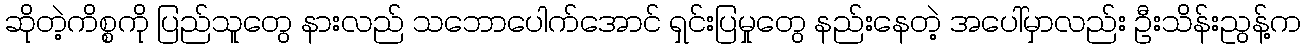
ဆိုတဲ့ကိစ္စကို ပြည်သူတွေ နားလည် သဘောပေါက်အောင် ရှင်းပြမှုတွေ နည်းနေတဲ့ အပေါ်မှာလည်း ဦးသိန်းညွန့်က